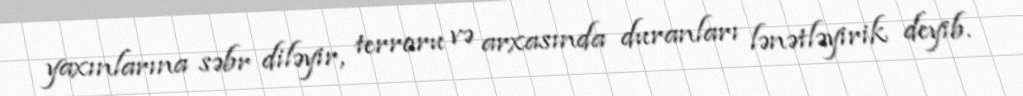
yaxınlarına səbr diləyir, terroru və arxasında duranları lənətləyirik deyib.